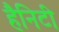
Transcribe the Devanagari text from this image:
हैनिटी